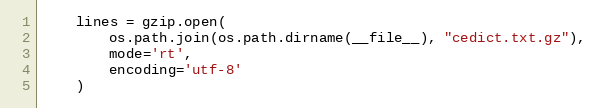
Language: Python
    lines = gzip.open(
        os.path.join(os.path.dirname(__file__), "cedict.txt.gz"),
        mode='rt',
        encoding='utf-8'
    )